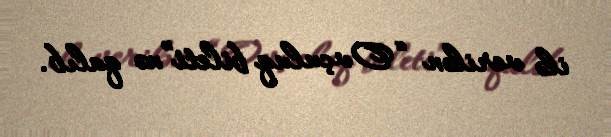
ilə verilən “Ovçuluq bileti”nə qalıb.